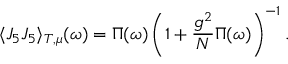
\langle J _ { 5 } J _ { 5 } \rangle _ { T , \mu } ( \omega ) = \Pi ( \omega ) \left( 1 + { \frac { g ^ { 2 } } { N } } \Pi ( \omega ) \right) ^ { - 1 } .